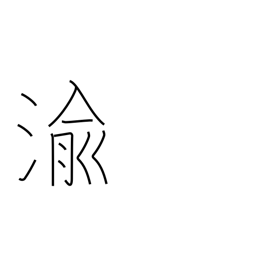
Meaning: be transformed